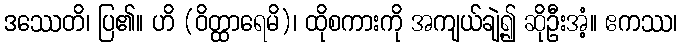
ဒဿေတိ၊ ပြ၏။ ဟိ (ဝိတ္ထာရေမိ)၊ ထိုစကားကို အကျယ်ချဲ့၍ ဆိုဦးအံ့။ ဧကဿ၊